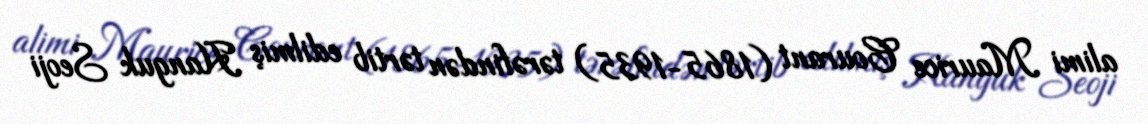
alimi Maurice Courant (1865-1935) tərəfindən tərtib edilmiş Hanguk Seoji